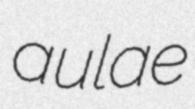
aulae